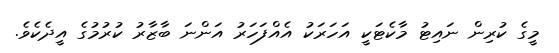
މީގެ ކުރިން ނައިޓު މާކެޓަކީ އަހަރަކު އެއްފަހަރު އަންނަ ބާޒާރު ކުރުމުގެ އީދެކެވެ.